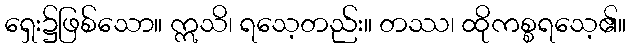
ရှေး၌ဖြစ်သော။ ဣသိ၊ ရသေ့တည်း။ တဿ၊ ထိုကစ္စရသေ့၏။